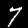
Digit: 7